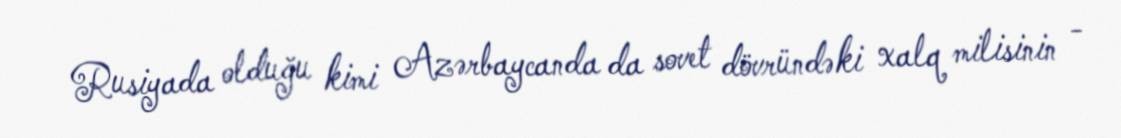
Rusiyada olduğu kimi Azərbaycanda da sovet dövründəki xalq milisinin -